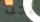
يجب